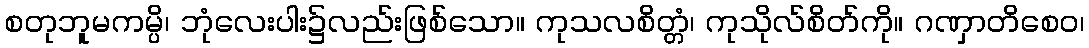
စတုဘူမကမ္ပိ၊ ဘုံလေးပါး၌လည်းဖြစ်သော။ ကုသလစိတ္တံ၊ ကုသိုလ်စိတ်ကို။ ဂဏှာတိစေဝ၊